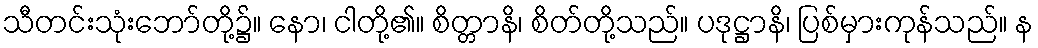
သီတင်းသုံးဘော်တို့၌။ နော၊ ငါတို့၏။ စိတ္တာနိ၊ စိတ်တို့သည်။ ပဒုဋ္ဌာနိ၊ ပြစ်မှားကုန်သည်။ န